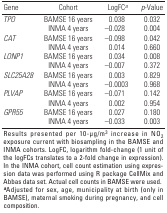
| Gene | Cohort | LogFCa | p-Value |
 | --- | --- | --- | --- |
 | <ROWSPAN=2> TPO | BAMSE 16 years | 0.038 | 0.032 |
 | INMA 4 years | –0.028 | 0.004 |
 | <ROWSPAN=2> CAT | BAMSE 16 years | –0.098 | 0.042 |
 | INMA 4 years | 0.014 | 0.660 |
 | <ROWSPAN=2> LONP1 | BAMSE 16 years | 0.034 | 0.008 |
 | INMA 4 years | –0.007 | 0.372 |
 | <ROWSPAN=2> SLC25A28 | BAMSE 16 years | 0.003 | 0.829 |
 | INMA 4 years | –0.0003 | 0.968 |
 | <ROWSPAN=2> PLVAP | BAMSE 16 years | –0.071 | 0.142 |
 | INMA 4 years | 0.002 | 0.954 |
 | <ROWSPAN=2> GPR55 | BAMSE 16 years | 0.027 | 0.180 |
 | INMA 4 years | –0.033 | 0.003 |
 | <COLSPAN=4> Results presented per 10-μg/m3 increase in NO2 exposure current with biosampling in the BAMSE and INMA cohorts. LogFC, logarithm fold-change (1 unit of the logFCs translates to a 2-fold change in expression). In the INMA cohort, cell count estimation using expression data was performed using R package CellMix and Abbas data set. Actual cell counts in BAMSE were used. aAdjusted for sex, age, municipality at birth (only in BAMSE), maternal smoking during pregnancy, and cell composition. |